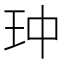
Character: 𮴄